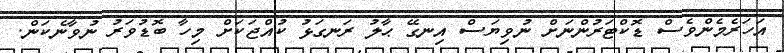
އަހަރެމެންވެސް ޑޮކްޓަރުންނަށް ނުވިޔަސް އިނގޭ ޙާލު ރަނގަޅު ކުއްޖަކަށް މިހާ ބޮޑުވަރު ނުވާނެކަން.